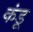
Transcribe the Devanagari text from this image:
कंडू